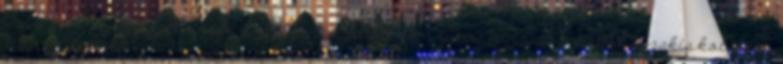
évig tart. A Realschule-ban megszerzett bizonyítvánnyal a diákok szakiskolában